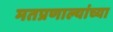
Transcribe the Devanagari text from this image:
मतप्रणाल्यांच्या